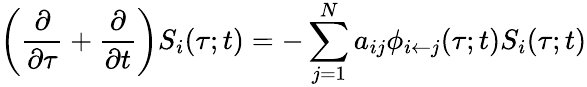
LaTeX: \left(\frac{\partial}{\partial\tau}+\frac{\partial}{\partial t}\right)S_{i}(\tau;t)=-\sum_{j=1}^{N}a_{ij}\phi_{i\leftarrow j}(\tau;t)S_{i}(\tau;t)